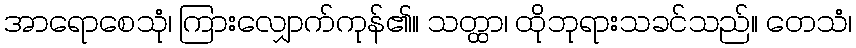
အာရောစေသုံ၊ ကြားလျှောက်ကုန်၏။ သတ္ထာ၊ ထိုဘုရားသခင်သည်။ တေသံ၊